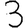
Digit: 3